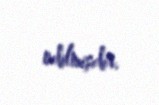
edilmişdir.